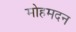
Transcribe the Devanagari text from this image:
मोहमदन